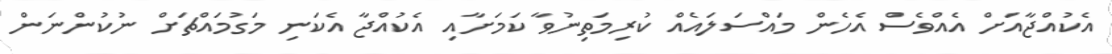
އެކުއްޖާއަށް އެއްވެސް އެހެން މައްސަލައެއް ކުރިމަތިނުވާ ކަމަށާއި އެކުއްޖާ އެކަނި މަގުމައްޗަށް ނުކުންނަން